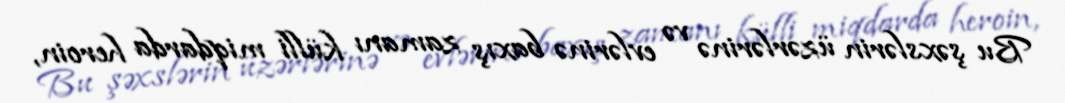
Bu şəxslərin üzərlərinə və evlərinə baxış zamanı külli miqdarda heroin,